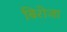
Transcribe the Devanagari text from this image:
बिरोजा